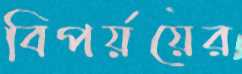
বিপর্য়য়ের